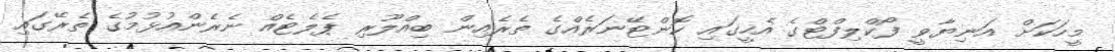
މީހަކަށް އަނިޔާވީ ފޯކްލިފްޓްގެ އެހީގައި ކޮންޓޭނަރެއްގެ ތެރެއިން ބިއްލޫރި ޕެލެޓެއް ނެރެންއުޅުމުގެ ތެރޭގައި